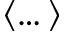
\langle \dots \rangle